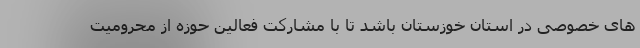
های خصوصی در استان خوزستان باشد تا با مشارکت فعالین حوزه از محرومیت